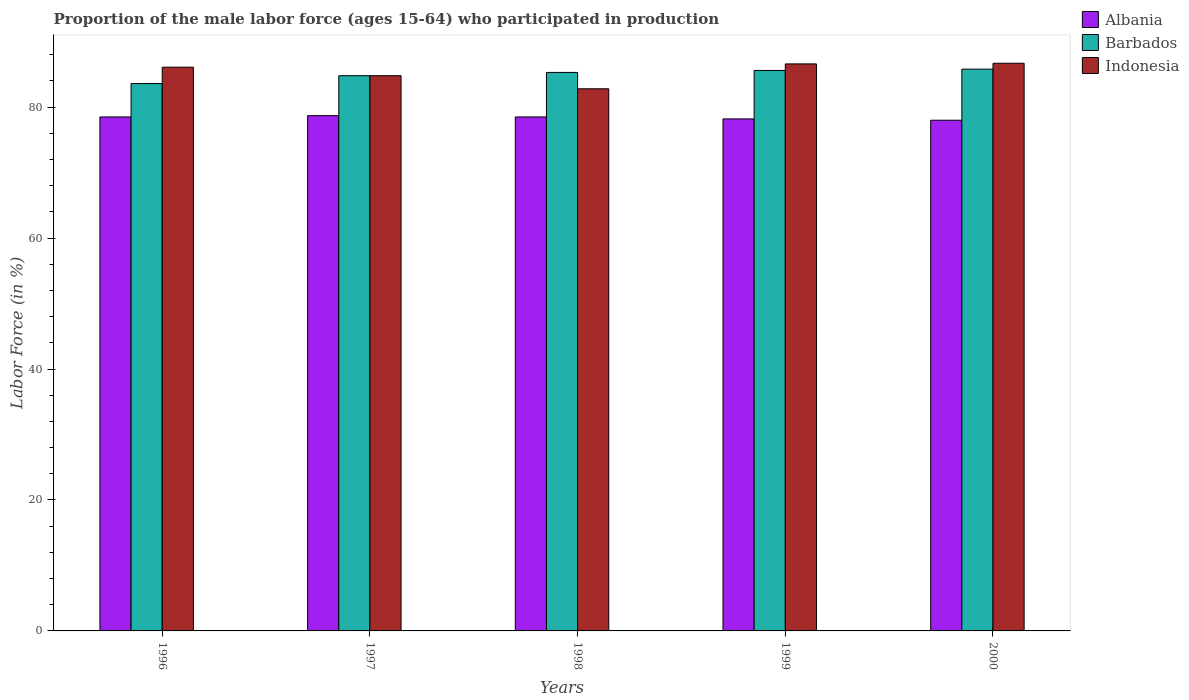
| Years | Albania | Barbados | Indonesia |
 | --- | --- | --- | --- |
 | 1996 | 78.5 | 83.6 | 86.1 |
 | 1997 | 78.7 | 84.8 | 84.8 |
 | 1998 | 78.5 | 85.3 | 82.8 |
 | 1999 | 78.2 | 85.6 | 86.6 |
 | 2000 | 78 | 85.8 | 86.7 |